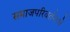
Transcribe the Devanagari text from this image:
समाजपरिवर्तनाचे